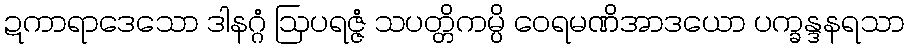
ဍကာရာဒေသော ဒါနဂ္ဂံ ဩပရဇ္ဇံ သပတ္တိကမ္ပိ ဝေရမဏိအာဒယော ပက္ခန္ဒနရသာ